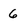
Character: 6